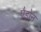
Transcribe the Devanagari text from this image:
पैड्रोन